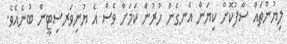
ލިޔުންތައް ސާފުކޮށް ކިޔަން އެނގެން ހުރުން ކަމަށް ވެސް އެ ޔުނިވަރސިޓީން ބުނެއެވެ.